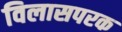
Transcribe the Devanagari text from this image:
विलासपरक